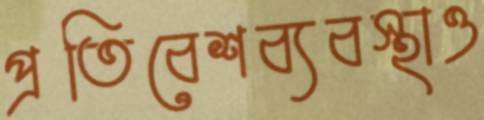
প্রতিবেশব্যবস্থাও